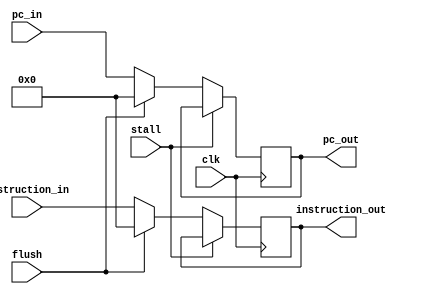
// Pipeline Latches
//
// When the clock ticks (i.e. @posedge),
// each stage will write the result of previous cycle to the pipeline latches for next stage.
// When all stages have completed writing (nonblocking write), it will read pipeline latches
// for itself then comsume 
//
// So here comes the important idea,
// each stage will write the data in, maybe the first half, of the cycle
// after which will it read data and process in the rest of the cycle.
//
// CLOCK CYLE
// --------------|_______________
//     WRITE       READ & PROCESS


module IF_ID (
    clk,
    instruction_in,
    instruction_out,
    pc_in, 
    pc_out,
    stall,      // load-use hazard
    flush       // branch hazard
);
    
input                   clk;
input           [31:0]  instruction_in, pc_in;
input                   stall, flush;
output  reg     [31:0]  instruction_out, pc_out;

always @(posedge clk) begin
    if (stall) begin
            instruction_out <=  instruction_out;
            pc_out          <=  pc_out;
    end
    else if (flush) begin
            instruction_out <=  0;
            pc_out          <=  0;   
    end
    else begin
            instruction_out <= instruction_in;
            pc_out          <= pc_in; 
    end
end

endmodule


module ID_EXE (
    clk, flush,
    rs1_in, rs2_in, rs1_addr_in, rs2_addr_in, rd_addr_in, imm_in, aluctrl_in, alusrc_in, memwrite_in, memread_in, mem2reg_in, regwrite_in,
    rs1_out, rs2_out, rs1_addr_out, rs2_addr_out, rd_addr_out, imm_out, aluctrl_out, alusrc_out, memwrite_out, memread_out, mem2reg_out, regwrite_out,     
    branch_instr_in, branch_instr_out, pc_in, pc_out, branch_pred_in, branch_pred_out
);

input           clk;
input           flush;
input           alusrc_in, memread_in, memwrite_in, mem2reg_in, regwrite_in, branch_instr_in, branch_pred_in;
input   [3:0]   aluctrl_in;
input   [4:0]   rs1_addr_in, rs2_addr_in, rd_addr_in;
input   [31:0]  rs1_in, rs2_in, imm_in, pc_in;

output  reg             alusrc_out, memread_out, memwrite_out, mem2reg_out, regwrite_out, branch_instr_out, branch_pred_out;
output  reg     [3:0]   aluctrl_out;
output  reg     [4:0]   rs1_addr_out, rs2_addr_out,rd_addr_out;
output  reg     [31:0]  rs1_out, rs2_out, imm_out, pc_out;


always @(posedge clk) begin
    if (flush) begin
        rs1_out         <=  0;
        rs2_out         <=  0;
        rs1_addr_out    <=  0;
        rs2_addr_out    <=  0;
        rd_addr_out     <=  0;
        imm_out         <=  0;
        pc_out          <=  0;

        alusrc_out      <=  0;
        aluctrl_out     <=  0;
        memwrite_out    <=  0;
        memread_out     <=  0;
        mem2reg_out     <=  0;
        regwrite_out    <=  0;
        branch_instr_out<=  0;
        branch_pred_out <=  0;
    end

    else begin
        rs1_out         <=  rs1_in;
        rs2_out         <=  rs2_in;
        rs1_addr_out    <=  rs1_addr_in;
        rs2_addr_out    <=  rs2_addr_in;
        rd_addr_out     <=  rd_addr_in;
        imm_out         <=  imm_in;
        pc_out          <=  pc_in;

        alusrc_out      <=  alusrc_in;
        aluctrl_out     <=  aluctrl_in;
        memwrite_out    <=  memwrite_in;
        memread_out     <=  memread_in;
        mem2reg_out     <=  mem2reg_in;
        regwrite_out    <=  regwrite_in;
        branch_instr_out<=  branch_instr_in;
        branch_pred_out <=  branch_pred_in;
    end
end

endmodule


module EXE_MEM (
    clk,
    alu_result_in, memwrite_addr_in, rd_addr_in, memread_in, memwrite_in, mem2reg_in, regwrite_in,
    alu_result_out, memwrite_addr_out, rd_addr_out, memread_out, memwrite_out, mem2reg_out, regwrite_out
);

input           clk;
input           memread_in, memwrite_in, mem2reg_in, regwrite_in;
input   [4:0]   rd_addr_in;
input   [31:0]  alu_result_in, memwrite_addr_in;

output  reg             memread_out, memwrite_out, mem2reg_out, regwrite_out;
output  reg     [4:0]   rd_addr_out;
output  reg     [31:0]  alu_result_out, memwrite_addr_out;

always @(posedge clk) begin
    memread_out         <=  memread_in;
    memwrite_out        <=  memwrite_in;
    mem2reg_out         <=  mem2reg_in;
    regwrite_out        <=  regwrite_in;

    memwrite_addr_out   <=  memwrite_addr_in;
    rd_addr_out         <=  rd_addr_in;
    alu_result_out      <=  alu_result_in;
end

endmodule


module MEM_WB (
    clk, 
    mem2reg_in, regwrite_in, rd_addr_in, alu_result_in, mem_result_in, 
    mem2reg_out, regwrite_out, rd_addr_out, alu_result_out, mem_result_out
);

input           clk;
input           mem2reg_in, regwrite_in;
input   [4:0]   rd_addr_in;
input   [31:0]  alu_result_in, mem_result_in;

output  reg        mem2reg_out, regwrite_out;
output  reg [4:0]   rd_addr_out;
output  reg [31:0]  alu_result_out, mem_result_out;

always @(posedge clk) begin
    mem2reg_out     <=  mem2reg_in;
    regwrite_out    <=  regwrite_in;
    rd_addr_out     <=  rd_addr_in;
    alu_result_out  <=  alu_result_in;
    mem_result_out  <=  mem_result_in;
end

endmodule